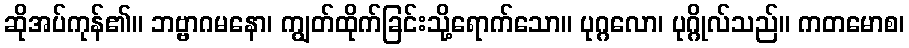
ဆိုအပ်ကုန်၏။ ဘဗ္ဗာဂမနော၊ ကျွတ်ထိုက်ခြင်းသို့ရောက်သော။ ပုဂ္ဂလော၊ ပုဂ္ဂိုလ်သည်။ ကတမောစ၊